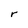
Character: r